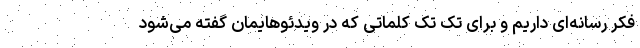
فکر رسانه‌ای داریم و برای تک تک کلماتی که در ویدئوهایمان گفته می‌شود